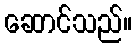
ဆောင်သည်။